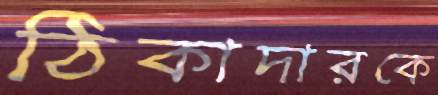
ঠিকাদারকে